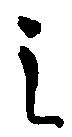
之